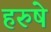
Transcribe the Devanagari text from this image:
हरुषे